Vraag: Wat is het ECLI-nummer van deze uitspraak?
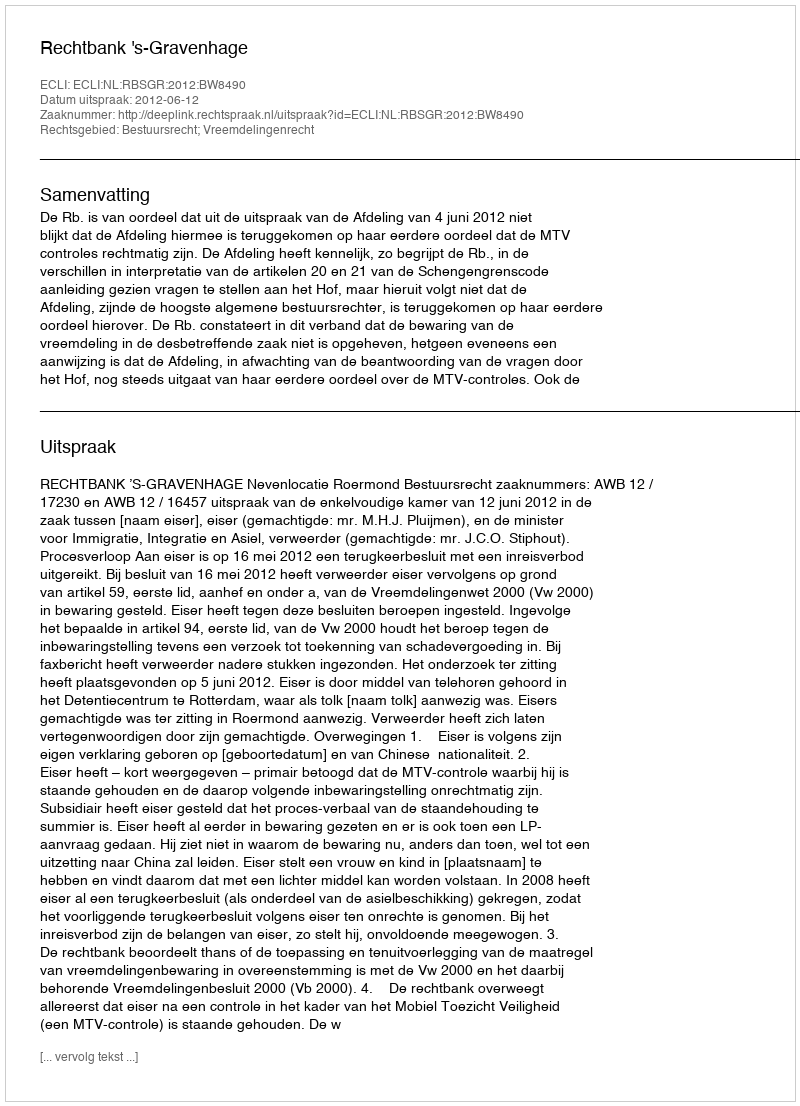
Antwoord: ECLI:NL:RBSGR:2012:BW8490